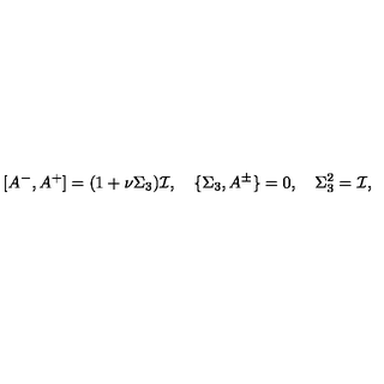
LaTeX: [ A ^ { - } , A ^ { + } ] = ( 1 + \nu \Sigma _ { 3 } ) { \cal I } , \quad \{ \Sigma _ { 3 } , A ^ { \pm } \} = 0 , \quad \Sigma _ { 3 } ^ { 2 } = { \cal I } ,